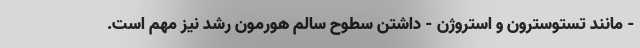
- مانند تستوسترون و استروژن - داشتن سطوح سالم هورمون رشد نیز مهم است.